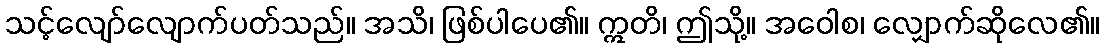
သင့်လျော်လျောက်ပတ်သည်။ အသိ၊ ဖြစ်ပါပေ၏။ ဣတိ၊ ဤသို့။ အဝေါစ၊ လျှောက်ဆိုလေ၏။